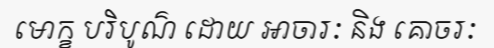
មោក្ខ បរិបូណ៌ ដោយ អាចារៈ និង គោចរៈ